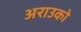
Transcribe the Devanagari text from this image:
अराउको